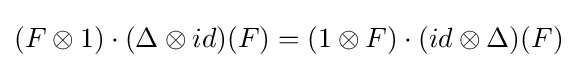
(F\otimes 1)\cdot (\Delta \otimes id)(F)=(1\otimes F)\cdot (id\otimes \Delta )(F)